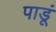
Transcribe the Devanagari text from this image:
पाडूं